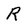
Character: R